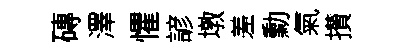
磚澤懼諺墩差勳氣攅